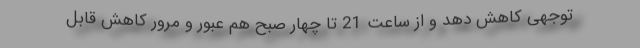
توجهی کاهش دهد و از ساعت 21 تا چهار صبح هم عبور و مرور کاهش قابل